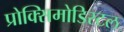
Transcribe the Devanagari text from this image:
प्रोक्सिमोडिस्टल